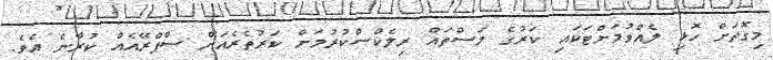
މިގޮތަށް ހޮޅި ލެއްވުމަށްޓަކައި ކަރުގެ މަސްތައް ރިލެކްސްކުރުމަށް ކަރުތެރެއަށް ސްޕްރޭއެއް ކުރާނެ އެވެ.